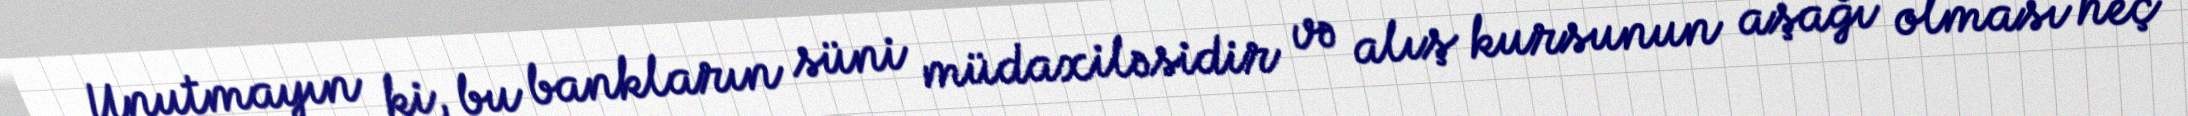
Unutmayın ki, bu bankların süni müdaxiləsidir və alış kursunun aşağı olması heç